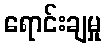
ရောင်းချမှု